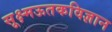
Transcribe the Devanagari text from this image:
सूक्ष्मऊतकविज्ञान